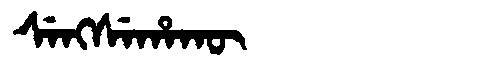
Manchu: ᠰᡝᠩᠰᡝᡥᠠᡴᡡ
Romanization: SENGSEHAKŪ